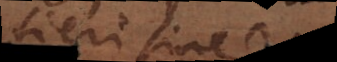
fieri sine